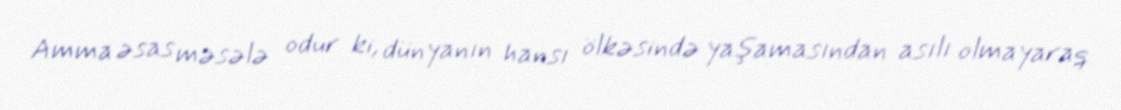
Amma əsas məsələ odur ki, dünyanın hansı ölkəsində yaşamasından asılı olmayaraq